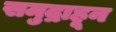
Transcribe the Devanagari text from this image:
समुद्राहून